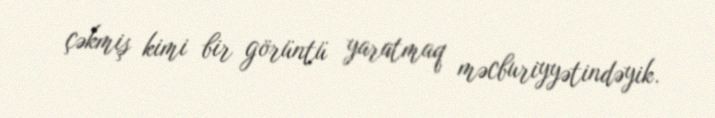
çəkmiş kimi bir görüntü yaratmaq məcburiyyətindəyik.